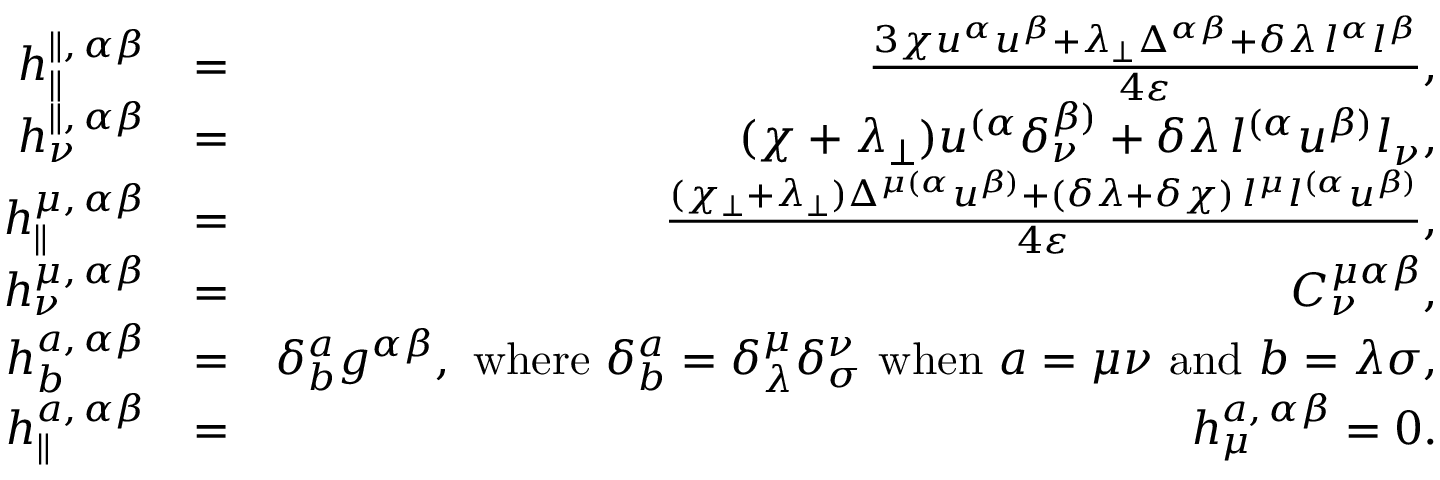
\begin{array} { r l r } { h _ { \parallel } ^ { \parallel , \, \alpha \beta } } & { = } & { \frac { 3 \chi u ^ { \alpha } u ^ { \beta } + \lambda _ { \perp } \Delta ^ { \alpha \beta } + \delta \lambda \, l ^ { \alpha } l ^ { \beta } } { 4 \varepsilon } , } \\ { h _ { \nu } ^ { \parallel , \, \alpha \beta } } & { = } & { ( \chi + \lambda _ { \perp } ) u ^ { ( \alpha } \delta _ { \nu } ^ { \beta ) } + \delta \lambda \, l ^ { ( \alpha } u ^ { \beta ) } l _ { \nu } , } \\ { h _ { \parallel } ^ { \mu , \, \alpha \beta } } & { = } & { \frac { ( \chi _ { \perp } + \lambda _ { \perp } ) \Delta ^ { \mu ( \alpha } u ^ { \beta ) } + ( \delta \lambda + \delta \chi ) \, l ^ { \mu } l ^ { ( \alpha } u ^ { \beta ) } } { 4 \varepsilon } , } \\ { h _ { \nu } ^ { \mu , \, \alpha \beta } } & { = } & { C _ { \nu } ^ { \mu \alpha \beta } , } \\ { h _ { b } ^ { a , \, \alpha \beta } } & { = } & { \delta _ { b } ^ { a } g ^ { \alpha \beta } , \mathrm { ~ w h e r e ~ } \delta _ { b } ^ { a } = \delta _ { \lambda } ^ { \mu } \delta _ { \sigma } ^ { \nu } \mathrm { ~ w h e n ~ } a = \mu \nu \mathrm { ~ a n d ~ } b = \lambda \sigma , } \\ { h _ { \parallel } ^ { a , \, \alpha \beta } } & { = } & { h _ { \mu } ^ { a , \, \alpha \beta } = 0 . } \end{array}